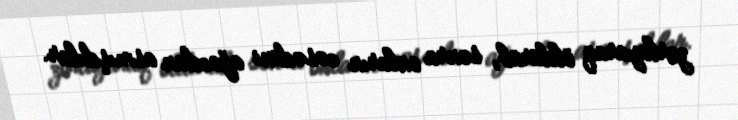
zorlayaraq öldürüb, sonra onların cəsədini ağacdan asmışdılar.